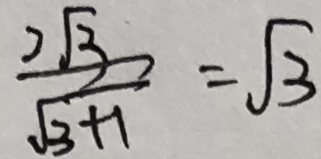
\frac { 2 \sqrt { 3 } } { \sqrt { 3 + 1 } } = \sqrt { 3 }